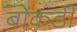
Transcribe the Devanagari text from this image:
बोकडी